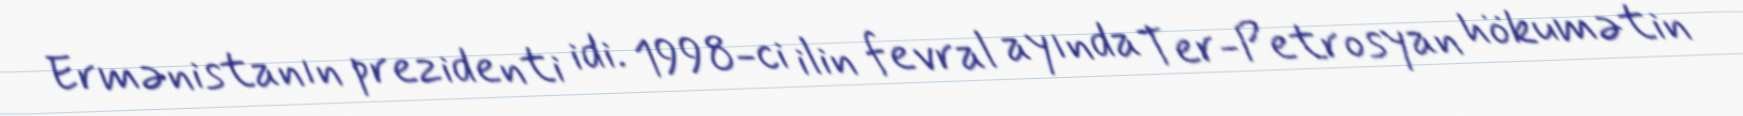
Ermənistanın prezidenti idi. 1998-ci ilin fevral ayında Ter-Petrosyan hökumətin